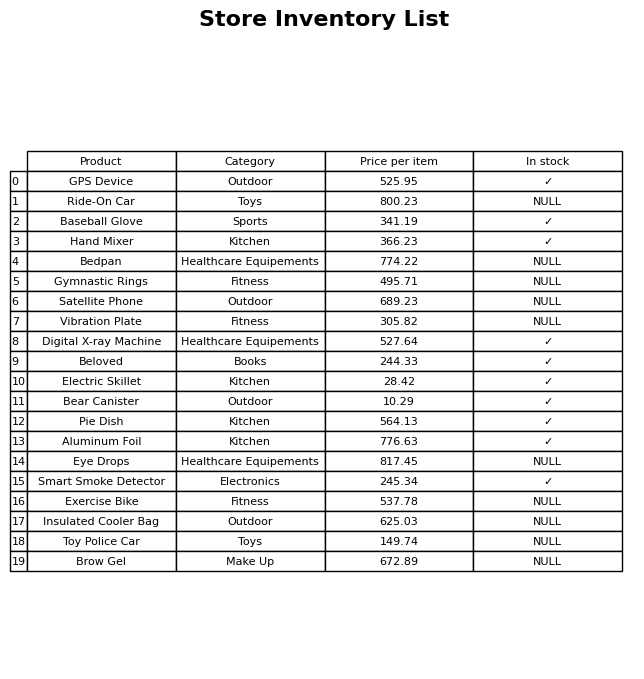
question: What is the price of the Eye Drops?
answer: The price of Eye Drops is 817.45.